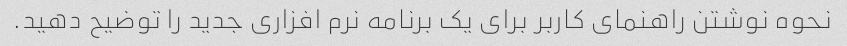
نحوه نوشتن راهنمای کاربر برای یک برنامه نرم افزاری جدید را توضیح دهید.